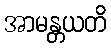
အာမန္တယတိ